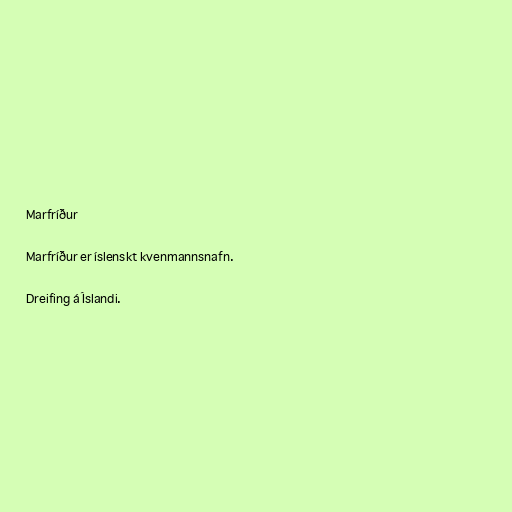
Marfríður

Marfríður er íslenskt kvenmannsnafn.

Dreifing á Íslandi.